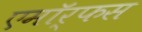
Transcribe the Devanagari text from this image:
एमॉर्फस